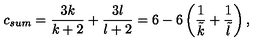
c _ { s u m } = { \frac { 3 k } { k + 2 } } + { \frac { 3 l } { l + 2 } } = 6 - 6 \left( { \frac { 1 } { \tilde { k } } } + { \frac { 1 } { \tilde { l } } } \right) ,